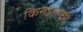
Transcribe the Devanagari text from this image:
किराइताचीं